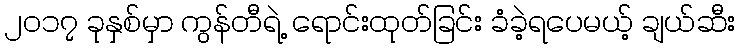
၂၀၁၇ ခုနှစ်မှာ ကွန်တီရဲ့ ရောင်းထုတ်ခြင်း ခံခဲ့ရပေမယ့် ချယ်ဆီး